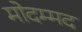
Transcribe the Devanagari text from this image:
मोदम्मद